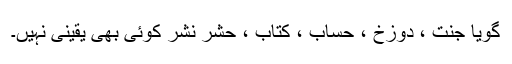
گویا جنت ، دوزخ ، حساب ، کتاب ، حشر نشر کوئی بھی یقینی نہیں۔